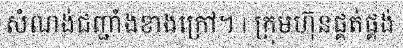
សំណង់ជញ្ជាំងខាងក្រៅ។ | ក្រុមហ៊ុនផ្គត់ផ្គង់